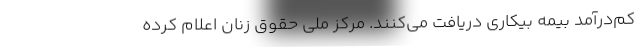
کم‌درآمد بیمه بیکاری دریافت می‌کنند. مرکز ملی حقوق زنان اعلام کرده